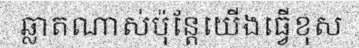
ឆ្លាតណាស់ប៉ុន្តែយើងធ្វើខុស